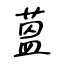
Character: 蒕